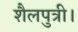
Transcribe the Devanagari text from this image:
शैलपुत्री।